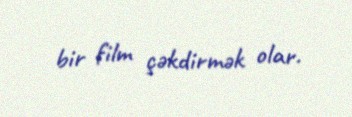
bir film çəkdirmək olar.